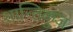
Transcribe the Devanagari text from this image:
शान्तिकुज